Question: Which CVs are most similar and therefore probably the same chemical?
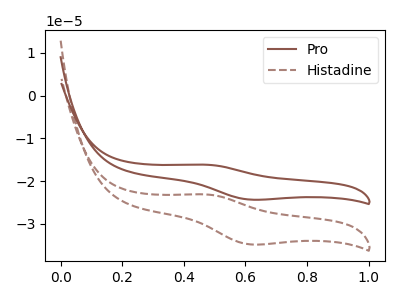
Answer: <think>The brown curve "Pro" has an anodic peak at (0.45V, -16.15uA) and a cathodic peak at (0.60V, -24.30uA). The brown dashed curve "Histadine" has an anodic peak at (0.45V, -23.10uA) and a cathodic peak at (0.60V, -34.80uA).
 All the peaks in "Pro" have a peak in "Histadine" at the same potential.</think>
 <answer>"Pro" and "Histadine" have the same shape and are likely CV's of the same chemical.</answer>
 <eval>"Pro" "Histadine"</eval>